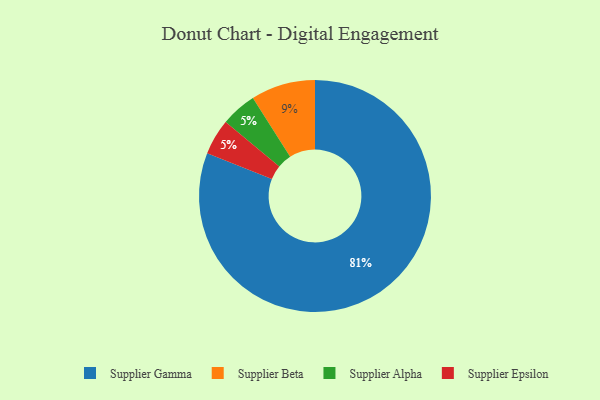
{"axis": {"x": "Category", "y": "Percentage"}, "legend": ["Supplier Alpha", "Supplier Beta", "Supplier Epsilon", "Supplier Gamma"], "data": [{"x": "Supplier Alpha", "y": 5, "type": "Supplier Alpha"}, {"x": "Supplier Epsilon", "y": 5, "type": "Supplier Epsilon"}, {"x": "Supplier Beta", "y": 9, "type": "Supplier Beta"}, {"x": "Supplier Gamma", "y": 81, "type": "Supplier Gamma"}]}